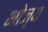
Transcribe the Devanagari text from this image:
भोज्‍य